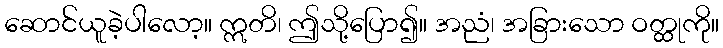
ဆောင်ယူခဲ့ပါလော့။ ဣတိ၊ ဤသို့ပြော၍။ အညံ၊ အခြားသော ဝတ္ထုကို။